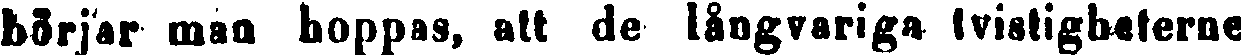
börjar man hoppas, att de långvariga tvistigheterne